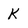
Character: K